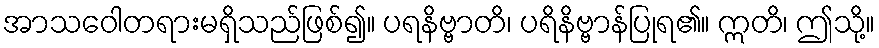
အာသဝေါတရားမရှိသည်ဖြစ်၍။ ပရနိဗ္ဗာတိ၊ ပရိနိဗ္ဗာန်ပြုရ၏။ ဣတိ၊ ဤသို့။